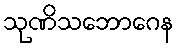
သုဏိသဘောဂေန